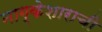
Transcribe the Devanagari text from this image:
नाग्केशाराची